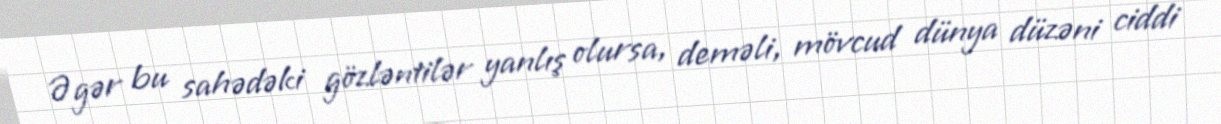
Əgər bu sahədəki gözləntilər yanlış olursa, deməli, mövcud dünya düzəni ciddi